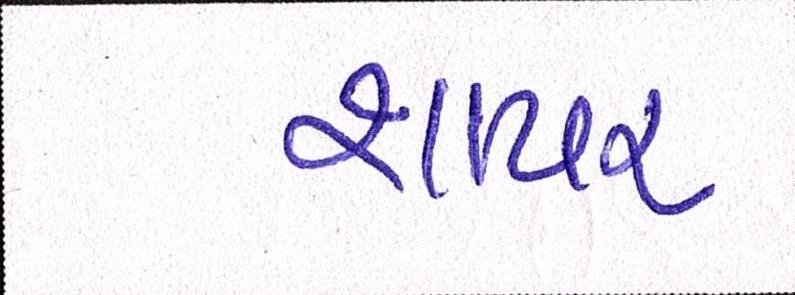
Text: શાયર